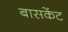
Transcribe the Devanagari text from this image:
बासकेंट